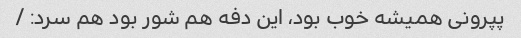
پپرونی همیشه خوب بود، این دفه هم شور بود هم سرد: /